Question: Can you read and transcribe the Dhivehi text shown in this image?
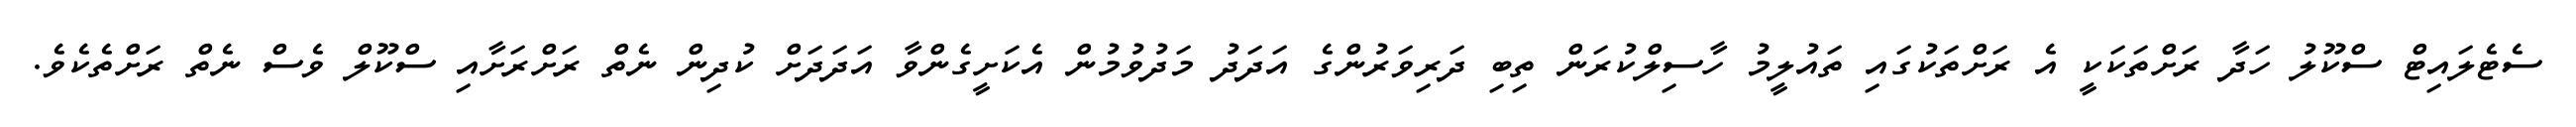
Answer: ސެޓެލައިޓް ސްކޫލު ހަދާ ރަށްތަކަކީ އެ ރަށްތަކުގައި ތައުލީމު ހާސިލްކުރަން ތިބި ދަރިވަރުންގެ އަދަދު މަދުވުމުން އެކަށީގެންވާ އަދަދަށް ކުދިން ނެތް ރަށްރަށާއި ސްކޫލް ވެސް ނެތް ރަށްތެކެވެ.